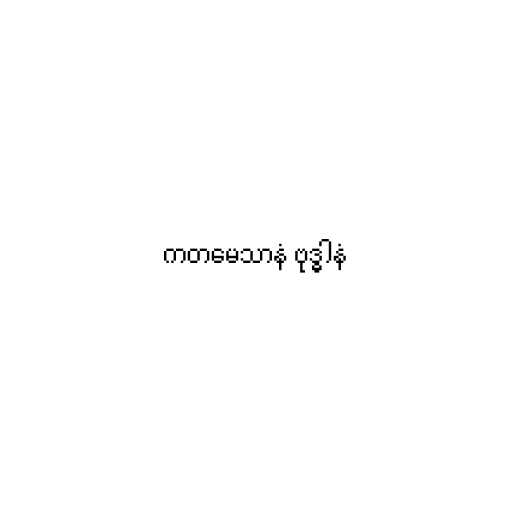
ကတမေသာနံ ဗုဒ္ဓါနံ